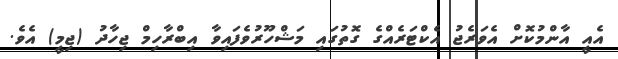
އެއީ އާންމުކޮށް އެވަރެޖު އެކްޓަރެއްގެ ގޮތުގައި މަޝްހޫރުވެފައިވާ އިބްރާހިމް ޖިހާދު (ޖިމީ) އެވެ.